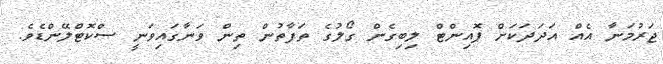
ޖަރުމަނާ އެއް އަދަދަކަށް ޕޮއިންޓް ލިބިގެން ގޯލުގެ ތަފާތުން ތިން ވަނާގައިވަނީ ސްކޮޓްލޭންޑެވެ.